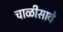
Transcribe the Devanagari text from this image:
चाळीसावे